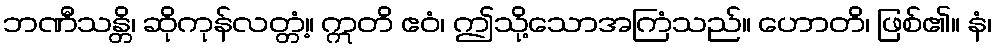
ဘဏီသန္တိ၊ ဆိုကုန်လတ္တံ့။ ဣတိ ဧဝံ၊ ဤသို့သောအကြံသည်။ ဟောတိ၊ ဖြစ်၏။ နံ၊